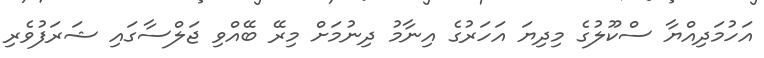
އަހުމަދިއްޔާ ސްކޫލުގެ މިދިޔަ އަހަރުގެ އިނާމު ދިނުމަށް މިރޭ ބޭއްވި ޖަލްސާގައި ޝަރަފުވެރި